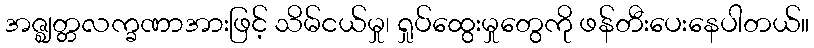
အဇ္ဈတ္တလက္ခဏာအားဖြင့် သိမ်ငယ်မှု၊ ရှုပ်ထွေးမှုတွေကို ဖန်တီးပေးနေပါတယ်။